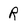
Character: R